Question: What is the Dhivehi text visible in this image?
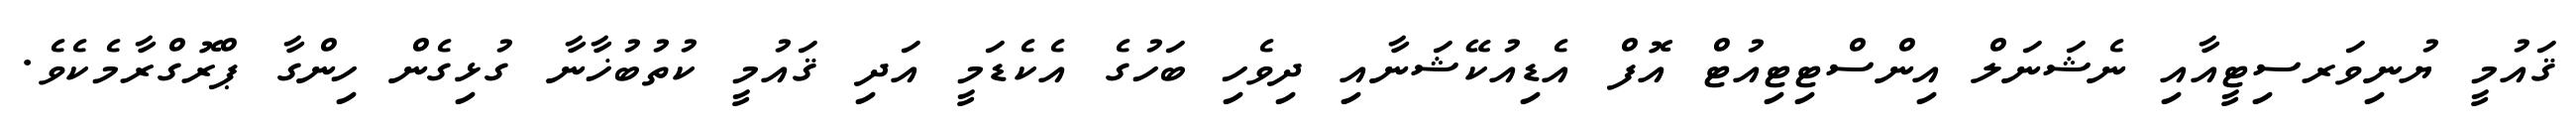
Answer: ޤައުމީ ޔުނިވަރސިޓީއާއި ނެޝަނަލް އިންސްޓިޓިއުޓް އޮފް އެޑިއުކޭޝަނާއި ދިވެހި ބަހުގެ އެކެޑަމީ އަދި ޤައުމީ ކުތުބުޚާނާ ގުޅިގެން ހިންގާ ޕްރޮގްރާމެކެވެ.